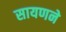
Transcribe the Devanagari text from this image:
सायणने